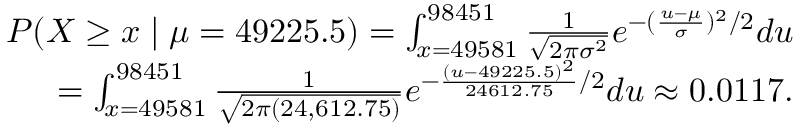
{ \begin{array} { r } { P ( X \geq x \mid \mu = 4 9 2 2 5 . 5 ) = \int _ { x = 4 9 5 8 1 } ^ { 9 8 4 5 1 } { \frac { 1 } { \sqrt { 2 \pi \sigma ^ { 2 } } } } e ^ { - ( { \frac { u - \mu } { \sigma } } ) ^ { 2 } / 2 } d u } \\ { = \int _ { x = 4 9 5 8 1 } ^ { 9 8 4 5 1 } { \frac { 1 } { \sqrt { 2 \pi ( 2 4 , 6 1 2 . 7 5 ) } } } e ^ { - { \frac { ( u - 4 9 2 2 5 . 5 ) ^ { 2 } } { 2 4 6 1 2 . 7 5 } } / 2 } d u \approx 0 . 0 1 1 7 . } \end{array} }